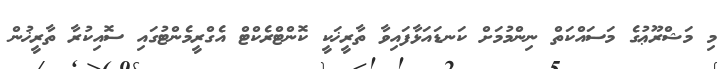
މި މަޝްރޫޢުގެ މަސައްކަތް ނިންމުމަށް ކަނޑައަޅާފައިވާ ތާރީޚަކީ ކޮންޓްރެކްޓް އެގްރީމެންޓުގައި ސޮއިކުރާ ތާރީޚުން